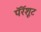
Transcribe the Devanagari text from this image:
पॅरॅशूट